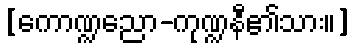
[ကောဏ္ဍညော-ကုဏ္ဍနီ၏သား။]